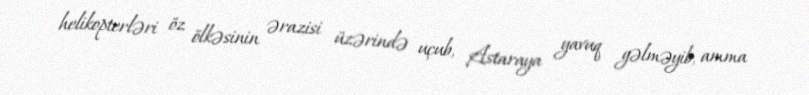
helikopterləri öz ölkəsinin ərazisi üzərində uçub, Astaraya yavuq gəlməyib, amma